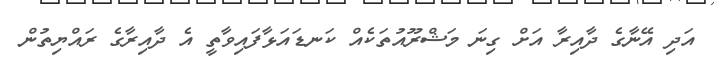
އަދި އޭނާގެ ދާއިރާ އަށް ގިނަ މަޝްރޫއުތަކެއް ކަނޑައަޅާފައިވާތީ އެ ދާއިރާގެ ރައްޔިތުން